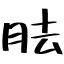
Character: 胠